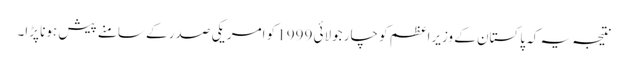
نتیجہ یہ کہ پاکستان کے وزیراعظم کو چار جولائی 1999 کو امریکی صدر کے سامنے پیش ہونا پڑا۔